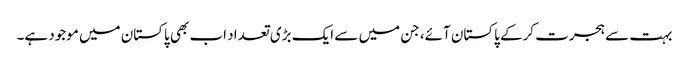
بہت سے ہجرت کرکے پاکستان آئے، جن میں سے ایک بڑی تعداد اب بھی پاکستان میں موجود ہے۔